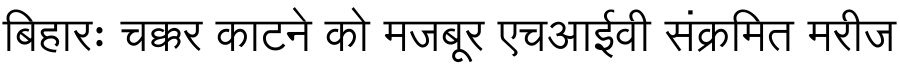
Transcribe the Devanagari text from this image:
बिहारः चक्कर काटने को मजबूर एचआईवी संक्रमित मरीज